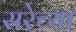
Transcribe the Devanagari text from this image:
सरेच्या